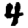
Digit: 4